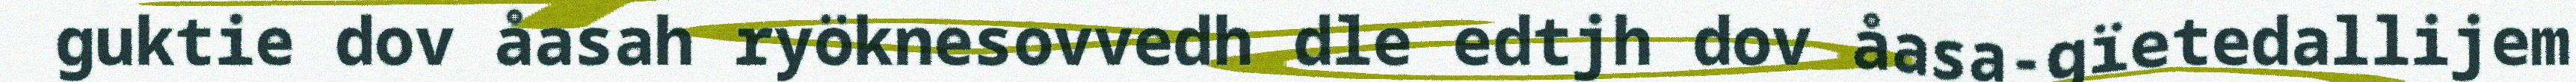
guktie dov åasah ryöknesovvedh dle edtjh dov åasa-gïetedallijem